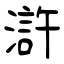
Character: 滸